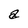
Character: a